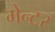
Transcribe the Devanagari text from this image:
मेन्टर